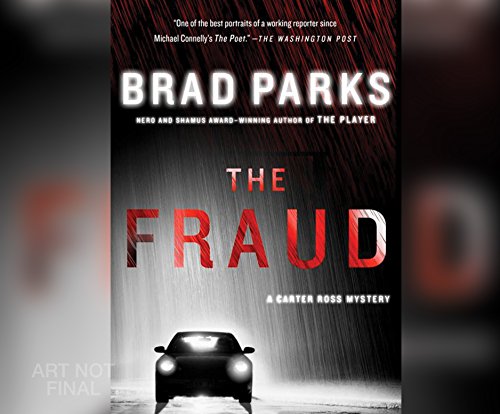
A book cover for The Fraud; Brad Parks; Mystery, Thriller & Suspense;